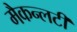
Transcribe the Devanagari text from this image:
मैकन्लटी